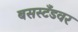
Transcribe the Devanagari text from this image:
बसस्टँडवर